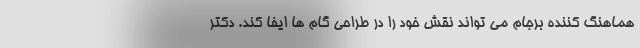
هماهنگ کننده برجام می تواند نقش خود را در طراحی گام ها ایفا کند. دکتر